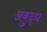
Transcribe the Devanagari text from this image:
अबुद्ध